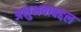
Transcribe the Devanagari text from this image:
अनुभवाबद्दल